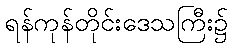
ရန်ကုန်တိုင်းဒေသကြီး၌